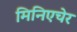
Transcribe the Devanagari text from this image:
मिनिएचेर